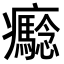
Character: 𤼔